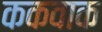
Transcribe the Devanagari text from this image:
ककवाक